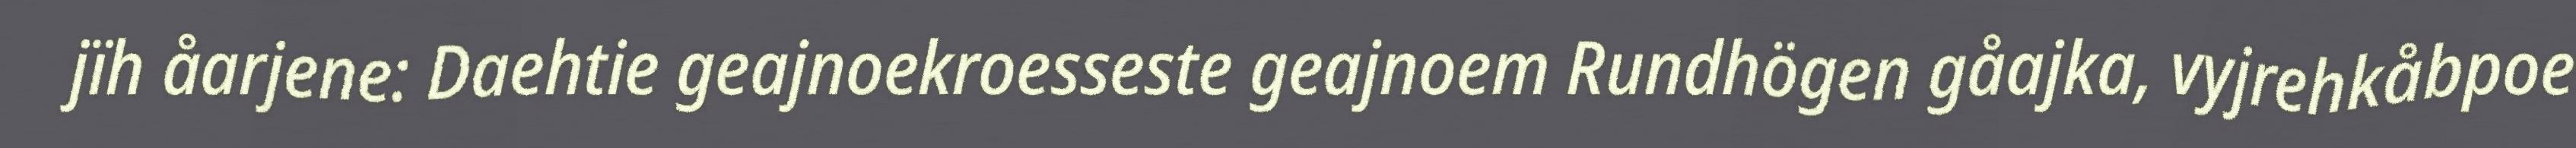
jïh åarjene: Daehtie geajnoekroesseste geajnoem Rundhögen gåajka, vyjrehkåbpoe